Report on plague in the Punjab from October 1st ... to September 30th ..., being the ... season of plague in the province
Disease focus: Plague
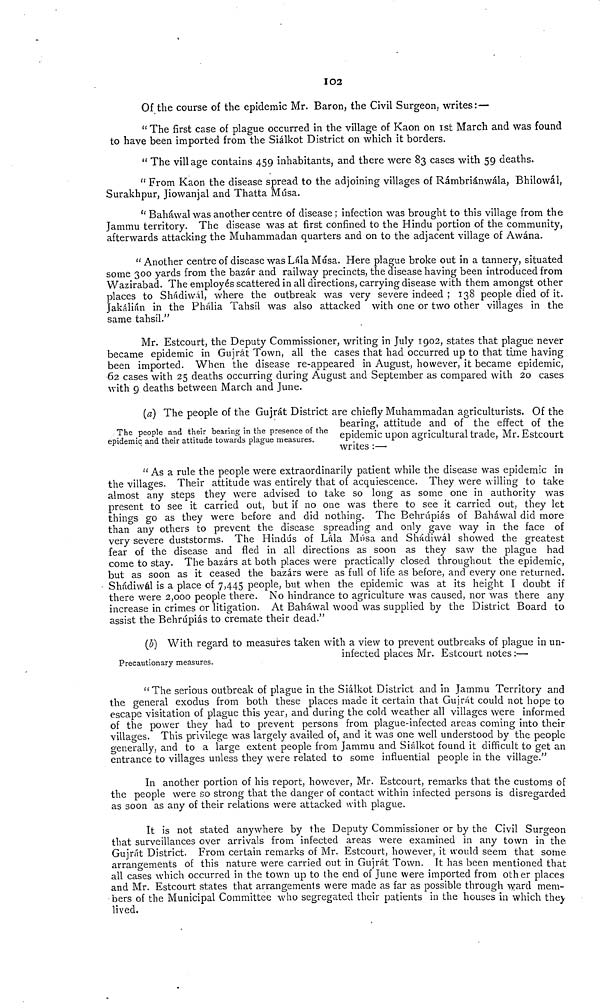
102
Of the course of the epidemic Mr. Baron, the Civil Surgeon, writes:—
" The first case of plague occurred in the village of Kaon on 1st March and was found
to have been imported from the Siálkot District on which it borders.
" The village contains 459 inhabitants, and there were 83 cases with 59 deaths.
" From Kaon the disease spread to the adjoining villages of Rámbriánwála, Bhilowál,
Surakhpur, Jiowanjal and Thatta Músa.
" Baháwal was another centre of disease ; infection was brought to this village from the
Jammu territory. The disease was at first confined to the Hindu portion of the community,
afterwards attacking the Muhammadan quarters and on to the adjacent village of Awána.
"Another centre of disease was Lála Músa. Here plague broke out in a tannery, situated
some 300 yards from the bazar and railway precincts, the disease having been introduced from
Wazirabad. The employés scattered in all directions, carrying disease with them amongst other
places to Shádiwál, where the outbreak was very severe indeed ; 138 people died of it.
Jakálián in the Phália Tahsíl was also attacked with one or two other villages in the
same tahsíl."
Mr. Estcourt, the Deputy Commissioner, writing in July 1902, states that plague never
became epidemic in Gujrát Town, all the cases that had occurred up to that time having
been imported. When the disease re-appeared in August, however, it became epidemic,
62 cases with 25 deaths occurring during August and September as compared with 20 cases
with 9 deaths between March and June.
The people and their bearing in the presence of the
epidemic and their attitude towards plague measures.
(a) The people of the Gujrát District are chiefly Muhammadan agriculturists. Of the
bearing, attitude and of the effect of the
epidemic upon agricultural trade, Mr. Estcourt
writes :—
" As a rule the people were extraordinarily patient while the disease was epidemic in
the villages. Their attitude was entirely that of acquiescence. They were willing to take
almost any steps they were advised to take so long as some one in authority was
present to see it carried out, but if no one was there to see it carried out, they let
things go as they were before and did nothing. The Behrúpiás of Baháwal did more
than any others to prevent the disease spreading and only gave way in the face of
very severe duststorms. The Hindús of Lála Músa and Shádiwál showed the greatest
fear of the disease and fled in all directions as soon as they saw the plague had
come to stay. The bazárs at both places were practically closed throughout the epidemic,
but as soon as it ceased the bazárs were as full of life as before, and every one returned.
Shádiwál is a place of 7,445 people, but when the epidemic was at its height I doubt if
there were 2,000 people there. No hindrance to agriculture was caused, nor was there any
increase in crimes or litigation. At Baháwal wood was supplied by the District Board to
assist the Behrúpiás to cremate their dead."
Precautionary measures.
(b) With regard to measures taken with a view to prevent outbreaks of plasme in un-
infected places Mr. Estcourt notes :—
" The serious outbreak of plague in the Siálkot District and in Jammu Territory and
the general exodus from both these places made it certain that Gujrát could not hope to
escape visitation of plague this year, and during the cold weather all villages were informed
of the power they had to prevent persons from plague-infected areas coming into their
villages. This privilege was largely availed of, and it was one well understood by the people
generally, and to a large extent people from Jammu and Siálkot found it difficult to get an
entrance to villages unless they were related to some influential people in the village."
In another portion of his report, however, Mr. Estcourt, remarks that the customs of
the people were so strong that the danger of contact within infected persons is disregarded
as soon as any of their relations were attacked with plague.
It is not stated anywhere by the Deputy Commissioner or by the Civil Surgeon
that surveillances over arrivals from infected areas were examined in any town in the
Gujrát District. From certain remarks of Mr. Estcourt, however, it would seem that some
arrangements of this nature were carried out in Gujrát Town. It has been mentioned that
all cases which occurred in the town up to the end of June were imported from other places
and Mr. Estcourt states that arrangements were made as far as possible through ward mem-
bers of the Municipal Committee who segregated their patients in the houses in which they
lived.